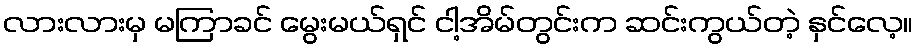
လားလားမှ မကြာခင် မွေးမယ်ရှင် ငါ့အိမ်တွင်းက ဆင်းကွယ်တဲ့ နှင်လေ့။